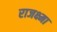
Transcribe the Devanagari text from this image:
राजक्ष्मा